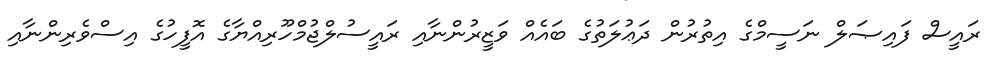
ރައީސް ފައިޞަލް ނަސީމްގެ އިތުރުން ދަޢުލަތުގެ ބައެއް ވަޒީރުންނާއި ރައީސުލްޖުމްހޫރިއްޔާގެ އޮފީހުގެ އިސްވެރިންނާއި